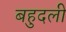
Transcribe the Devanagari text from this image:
बहुदली